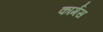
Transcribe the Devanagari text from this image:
कार्मस